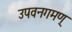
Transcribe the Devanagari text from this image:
उपवनगमण्